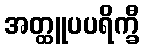
အတ္ထူပပရိက္ခီ